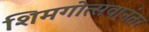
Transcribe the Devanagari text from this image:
शिमगोत्सवानंतर